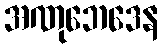
အဏုဘေဒေန